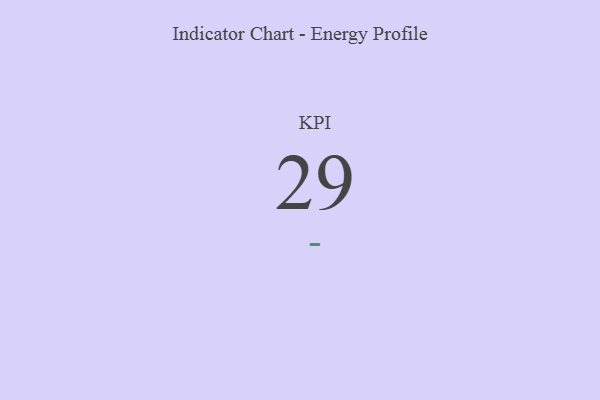
{"axis": {"x": "KPI", "y": "Value"}, "legend": [""], "data": [{"x": "KPI", "y": 29, "type": ""}]}